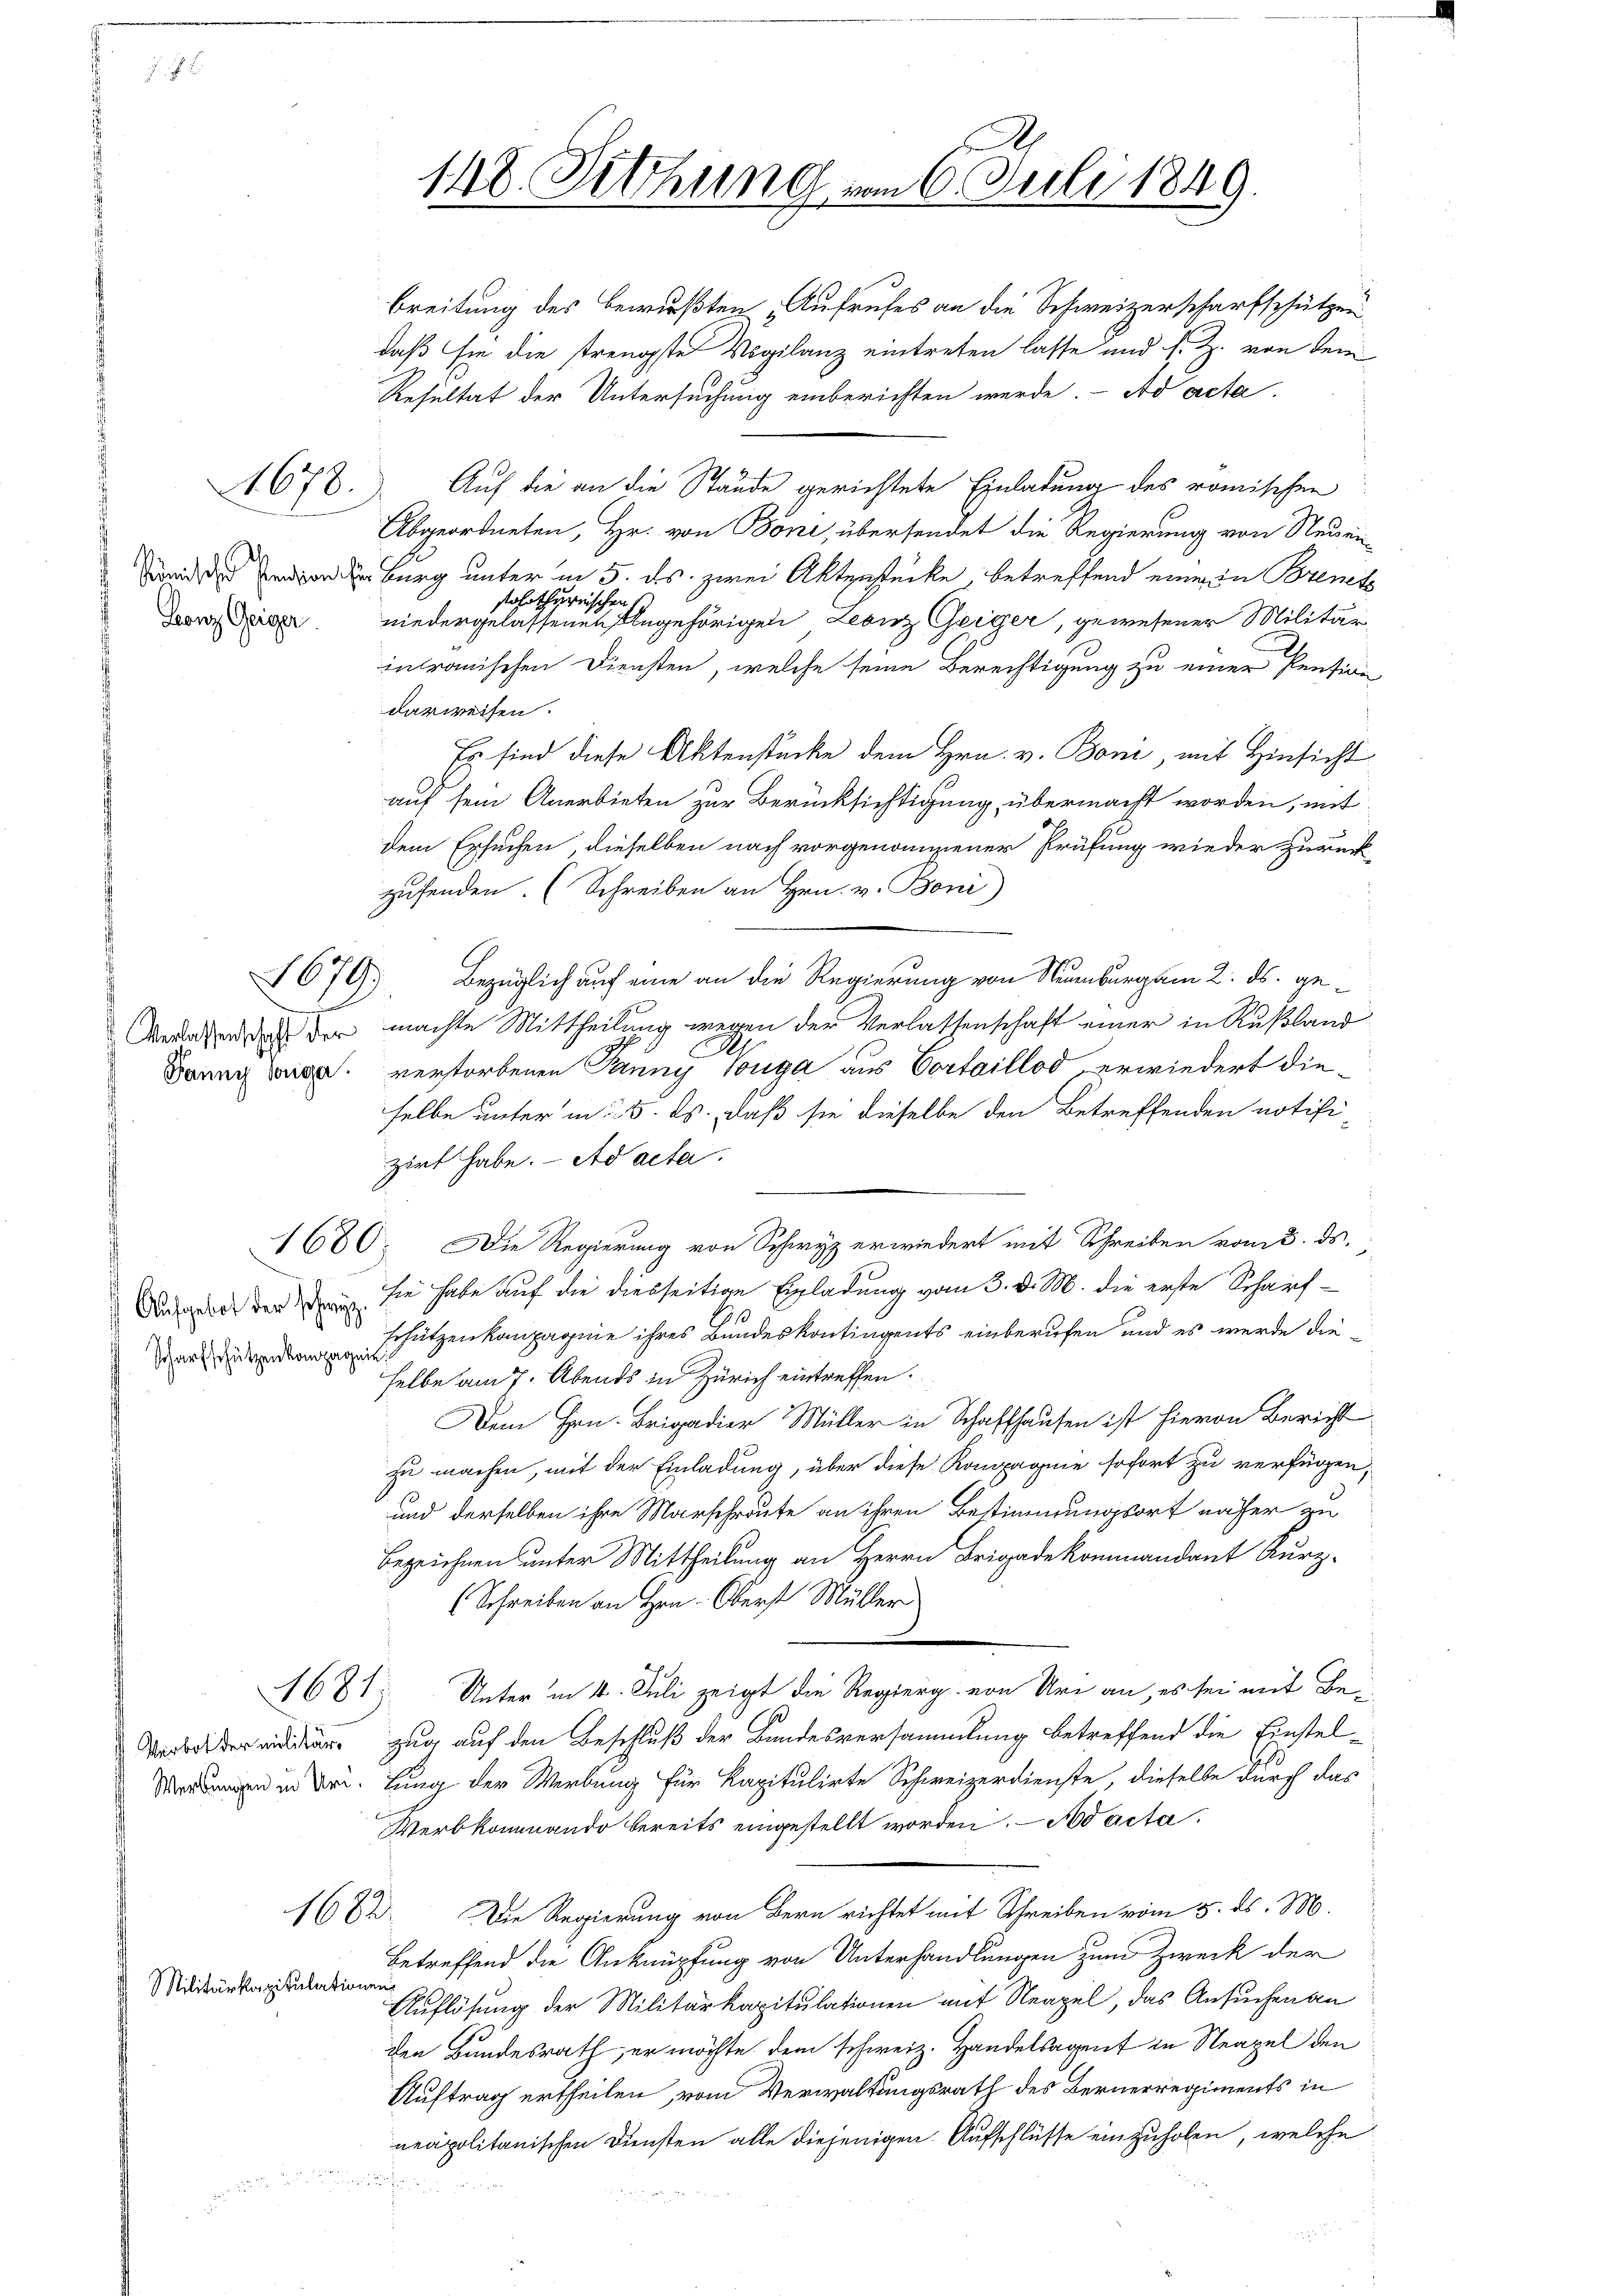
Leonz Geiger

Aufgebot der Schwyz.
Scharfschützenkompagnie

Militärkapitulationen

678.

1679

breitung des Bewußten Aufrufes an die Schweizerscharfschützen
daß sie die strengste Vigilanz eintreten lasse und s. Z. von dem
Resultat der Untersuchung einberichten werde. Ad acta
Auf die an die Stände gerichtete Einladung des römischen
Abgeordneten, Hr. von Boni, übersendet die Regierung von Neuen
Bin der Burg unter in 5. ds. zwei Aktenstücke, betreffend einen in Brenet
solothurnischen
niedergelassenen Angehörigen Leonz Geiger, gewesener Militärintrauischen Diensten, welche seine Berechtigung zu einer Pension
darweisen.
Es sind diese Aktenstücke dem Hrn. v. Boni, mit Hinsicht
auf sein Anerbieten zur Berücksichtigung übermacht worden, mit
dem Ersuchen, dieselben nach vorgenommener Prüfung wieder zurück
zusenden. (Schreiben an Hrn. v. Boni
Bezüglich auf eine an die Regierung von Neuenburg am 2. ds. ge¬
Verlassen dass der machte Mittheilung wegen der Verlassenschaft einer in Rußland
1
Banng der verstorbenen Panny longa aus Cortaillod erwiedert dieselbe unter in 5. ds., daß sie dieselbe den Betreffenden notifi-
zirt habe. Ad acta.
1680. Die Regierung von Schwyz erwiedert mit Schreiben vom 3. ds.
sie habe auf die diesseitige Einladung vom 3. d. M. die erste Scharf¬
Erhützenkompagnie ihres Bundeskontingents einberufen und es werde dieselbe am 7. Abends in Zürich eintreffen.
Dem Hrn. Brigadier Müller in Schaffhausen ist hievon Bericht
zu machen, mit der Einladung, über diese Kompagnie sofort zu verfügen,
und derselben ihre Marschreute an ihren Bestimmungsort näher zu
Bezeichnen unter Mittheilung an Herrn Brigade kommandant Kurz-
Schreiben an Hrn. Oberst Müller
1681 Unter in 4. Juli zeigt die Regierg von Uri an, es sei mit Be¬
Verandidierzug auf den Beschluß der Bandesversammlung betreffend die Einstelen in de lung der Werbung für Kapitulirte Schweizerdienste, dieselbe durch das
Werbkommando bereits eingestellt worden. — Nod acta
Die Regierung von Bern richtet mit Schreiben vom 5. ds. M.
1682
betreffend die Anknüpfung von Unterhandlungen zum Zweck der
Auflösung der Militärkapitulationen mit Neapel, das Ansuchen an
den Bundesrath, er möchte dem schweiz. Handelsagent in Neapel den
Auftrag ertheilen, vom Verwaltungsrath des Bernerregiments in
neapolitanischen Diensten alle diejenigen. Aufschlüsse einzuholen, welche

148. Fetthung vom 6. Juli 1849.